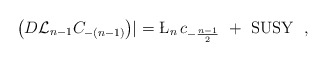
\begin{align*}\left( D {\cal L} _{n-1} C_{-(n-1)} \right) \! \! \mid \ = \L_n \, c_{-\frac{n-1}{2}} \ + \ {\rm SUSY}\ \ ,\end{align*}